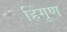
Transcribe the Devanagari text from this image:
हिंगूण